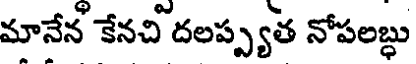
మానేన కేనచి దలప్ప్యత నోపలబ్ధు